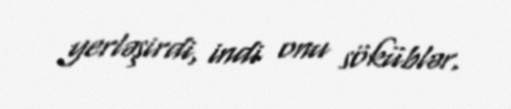
yerləşirdi, indi onu söküblər.